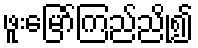
ဖူးမြော်ကြည်ညို၍